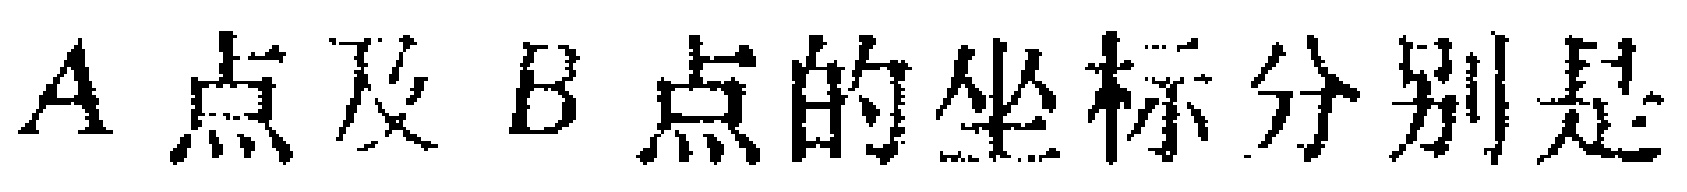
$A\text{点及}B\text{点的坐标分别是}$